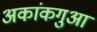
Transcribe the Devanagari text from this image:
अकांकगुआ